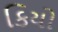
કિયો